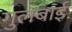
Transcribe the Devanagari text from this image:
गुलबाई